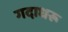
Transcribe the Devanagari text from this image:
गदाधरू